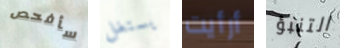
سأفحص يستغل أرأيت التنبؤ